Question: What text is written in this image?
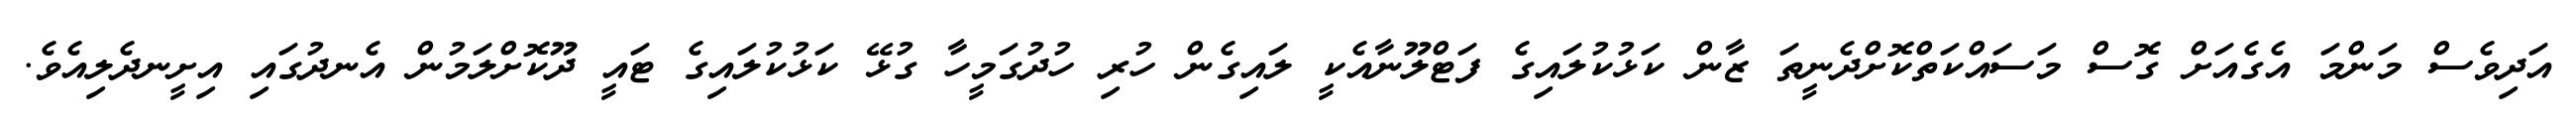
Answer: އަދިވެސް މަންމަ އެގެއަށް ގޮސް މަސައްކަތްކޮށްދެނީތަ ޒާން ކަޅުކުލައިގެ ފަޓްލޫނާއެކީ ލައިގެން ހުރި ހުދުގަމީހާ ގުޅޭ ކަޅުކުލައިގެ ޓައީ ދޫކޮށްލަމުން އެނދުގައި އިށީނދެލިއެވެ.